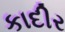
કાદીર